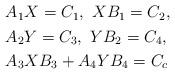
LaTeX: \begin{align*}\begin{aligned}&A_{1}X=C_{1},\ XB_{1}=C_{2},\\&A_{2}Y=C_{3},\ YB_{2}=C_{4},\\&A_{3}XB_{3}+A_{4}YB_{4}=C_{c}\end{aligned}\end{align*}